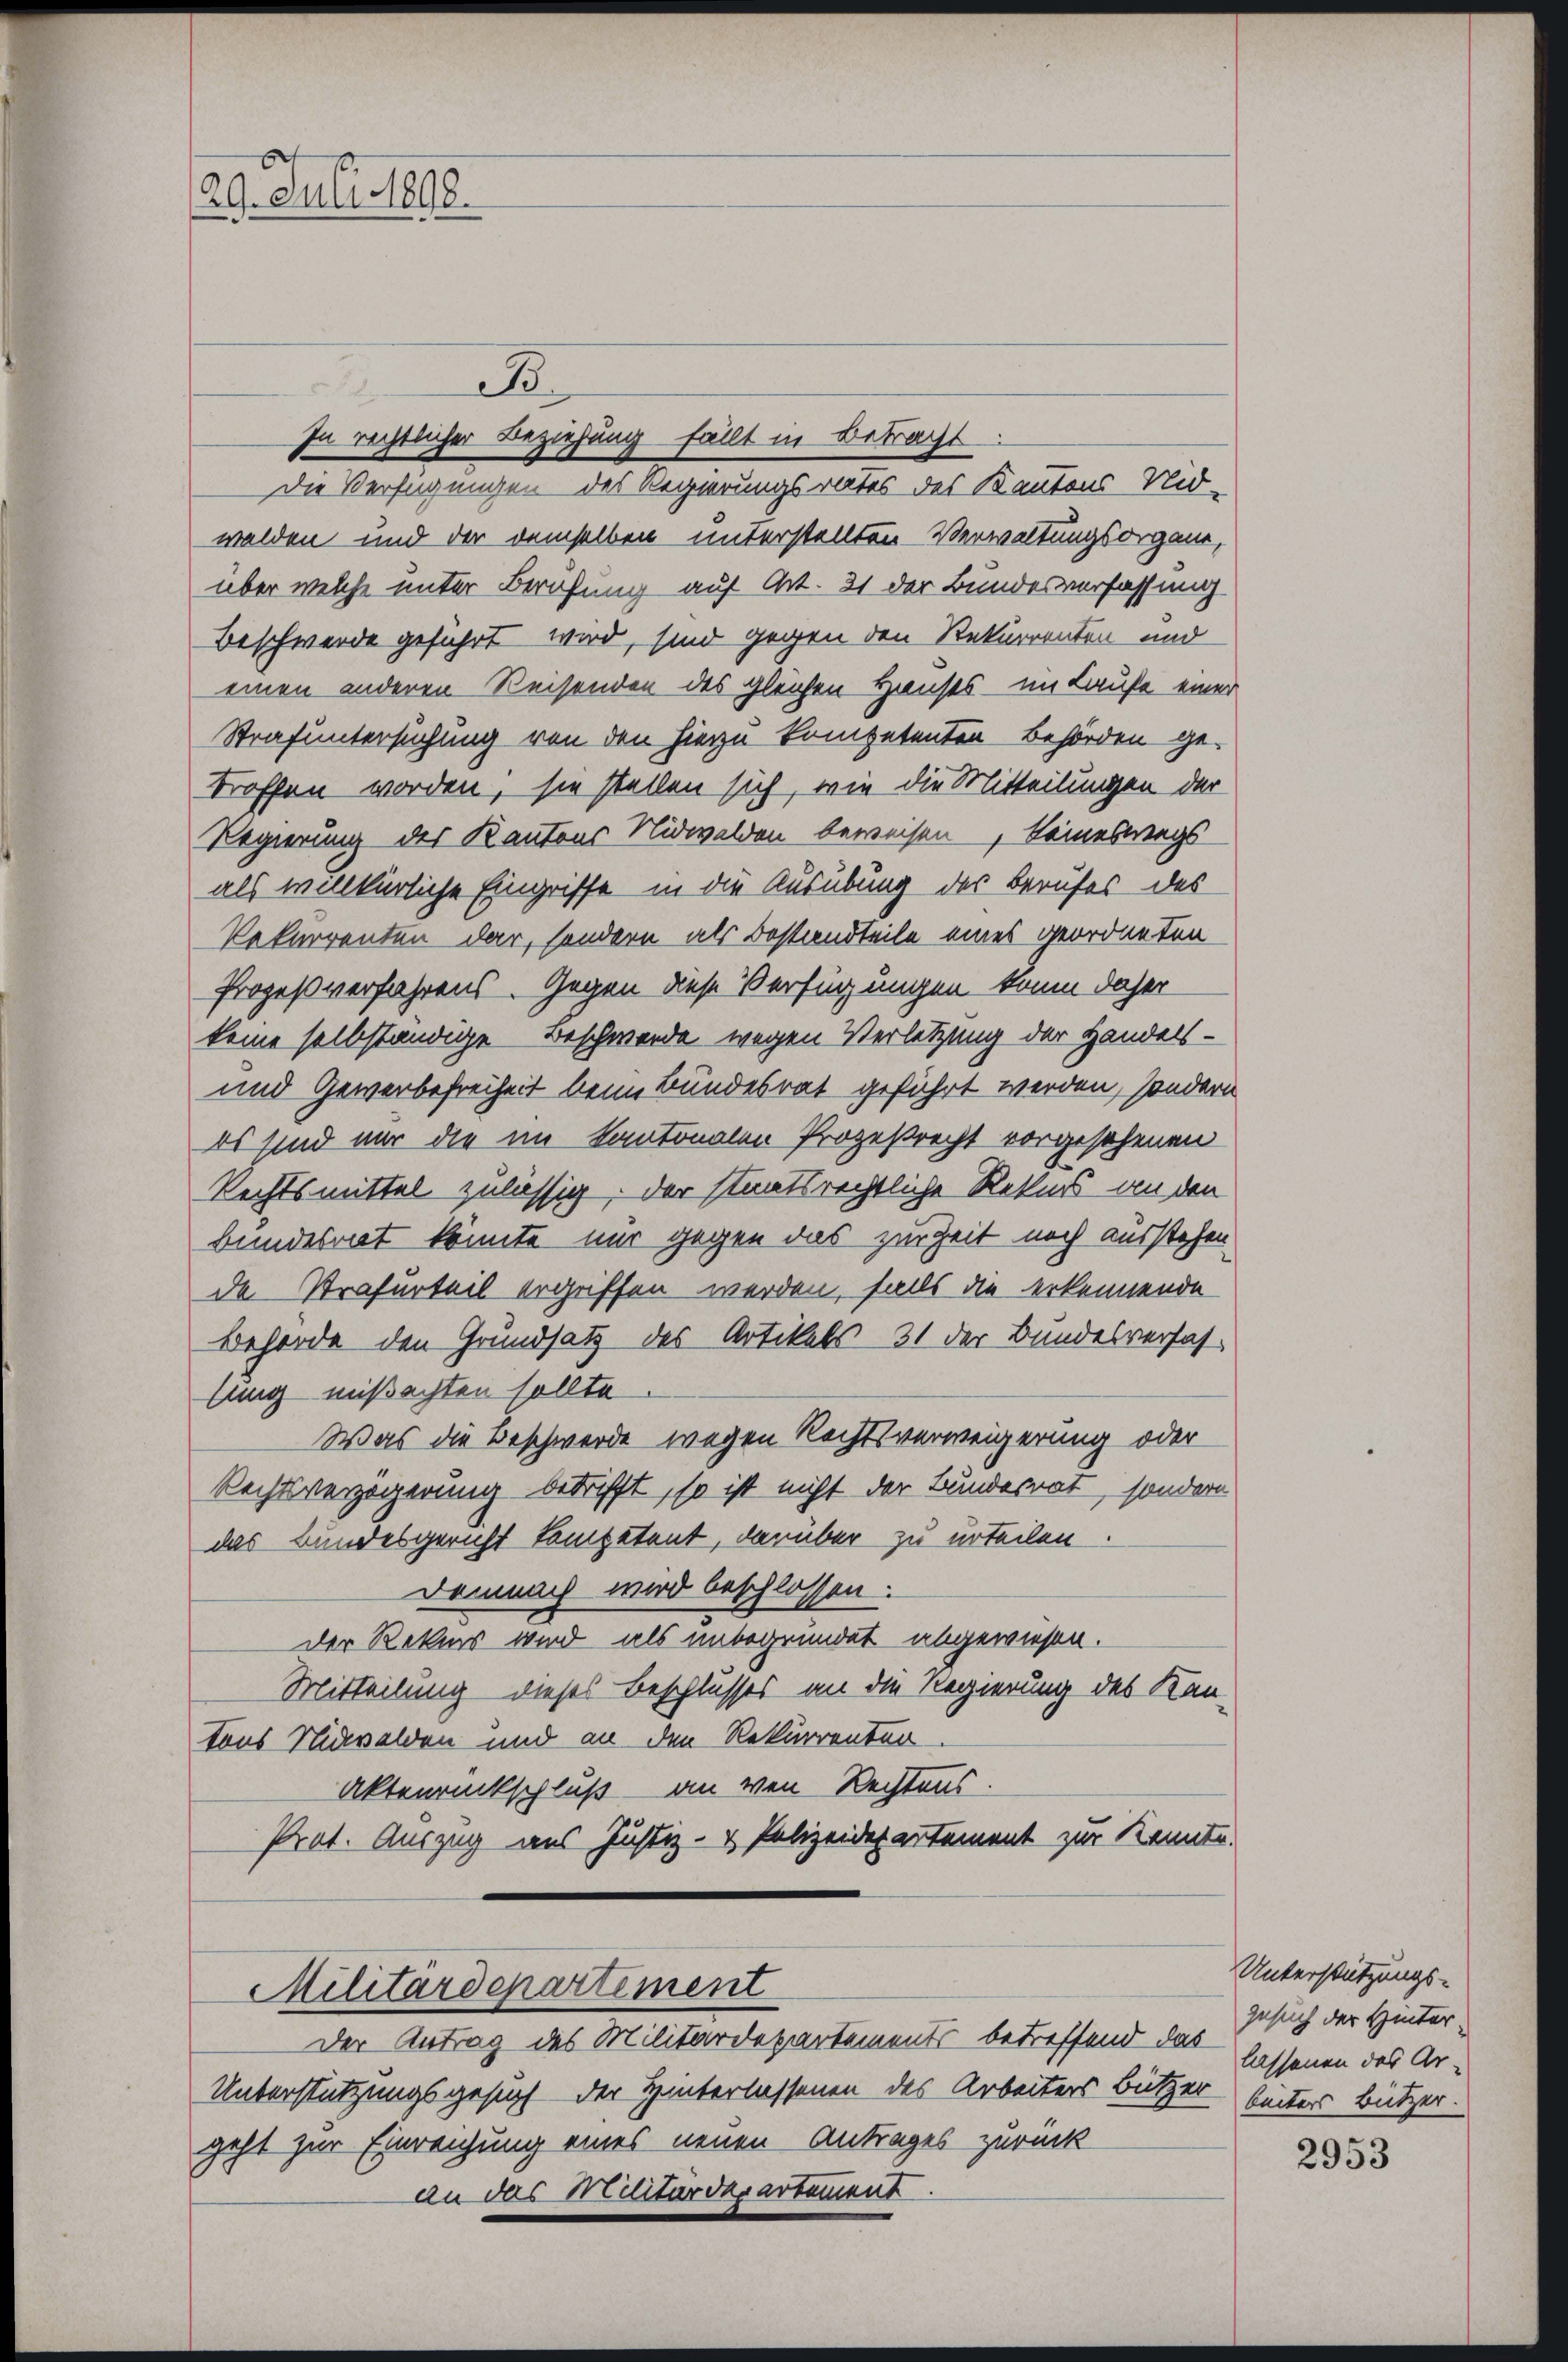
29. Juli 1898.

B
Die Verfügungen des Regierungsrates des Kantons Nid-
walden und der demselben unterstellten Verwaltungsorgane,
über welche unter Berufung auf Art. 21 der Bundesverfassung
Beschwerde geführt wird, sind gegen den Rekurrenten und
einen anderen Reisenden des gleichen Hauses - im Laufe einer
Strafuntersuchung von den hierzu kompetenten Behörden ge-
troffen worden, sie stellen sich, wie die Mitteilungen der
Regierung des Kantons Nidwalden beweisen, keineswegs
als willkürliche Eingriffe in die Ausübung des Berufes des
Rekurrenten dar, sondern als Dostandteile eines geordneten
Prozeßverfahrens. Gegen diese Verfügungen kaum daher
keine selbständige Beschwerde wegen Verletzung der Handels-
und Gewerbefreiheit beim Bundesrat geführt werden, sondern
es sind nur die im Kantonalen Prozeßrecht vorgesehenen
Rechtsmittel zulässig. Der staatsrechtliche Rekurs an den
bundesrat könnte nur gegen das zur Zeit noch ausstehen
de Strafurteil ergriffen werden, falls die erkennende
Behörde den Grundsatz des Artikels 31 der Bundesverfas-
lung mißachten sollte
Was die Beschwerde wegen Rechtsverweigerung oder
Rechtsverzögerung betrifft, so ist nicht der Bundesrat, sondern
das Bundesgericht kompetent, darüber zu urteilen.
Demnach wird beschlossen.
der Rekurs wird als unbegründet abgewiesen.
Mitteilung dieses Beschlusses an die Regierung des Kan-
tons Nidwalden und an den Rekurrenten.
Aktenrückschluß an von Rechtens
Prot. Auszug aus Justiz- & Polizeidepartement zur Kennte.
Militärdepartement
Der Antrag des Militärdepartements betreffend das
Unterstützungsgesuch der Hinterlassenen des Arbeiters Bützer hinter Bützer.
geht zur Einreichung eines neuen Antrages zurück
an das Militärdepartament.

In rechtlicher Beziehung fällt in Betracht

Unterstützungs-
Gesuch der Hinterlassenen das Ar-

2953